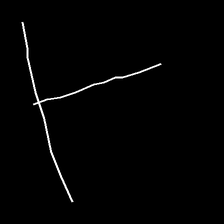
Glyph: column